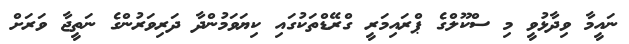
ނައީމާ ވިދާޅުވީ މި ސްކޫލްގެ ޕްރައިމަރީ ގްރޭޑްތަކުގައި ކިޔަވަމުންދާ ދަރިވަރުންގެ ނަތީޖާ ވަރަށް